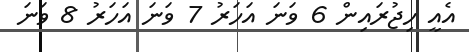
އެއީ ހިޖުރައިން 6 ވަނަ އަހަރު 7 ވަނަ އަހަރު 8 ވަނަ